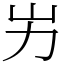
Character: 屴